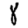
Digit: 8